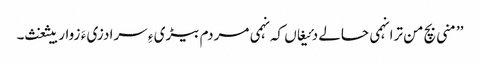
’’منی بچ من ترا نہمی حالے دئیغاں کہ نہمی مردم بیڑی ءِ سرا دزی ءَ زوار بیثغث۔